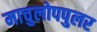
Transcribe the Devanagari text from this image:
माचुलोपपुलर